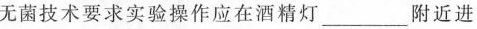
无菌技术要求实验操作应在酒精灯___附近进